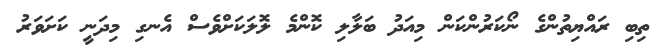
ތިބި ރައްޔިތުންގެ ނޯކަރުންކަން މިއަދު ބަލާލި ކޮންމެ ލޮލަކަށްވެސް އެނގި މިދަނީ ކަށަވަރު